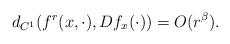
LaTeX: \begin{align*} d_{C^1}(f^r(x,\cdot),Df_x(\cdot)) =O(r^\beta). \end{align*}